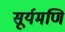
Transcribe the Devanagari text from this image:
सूर्यमणि